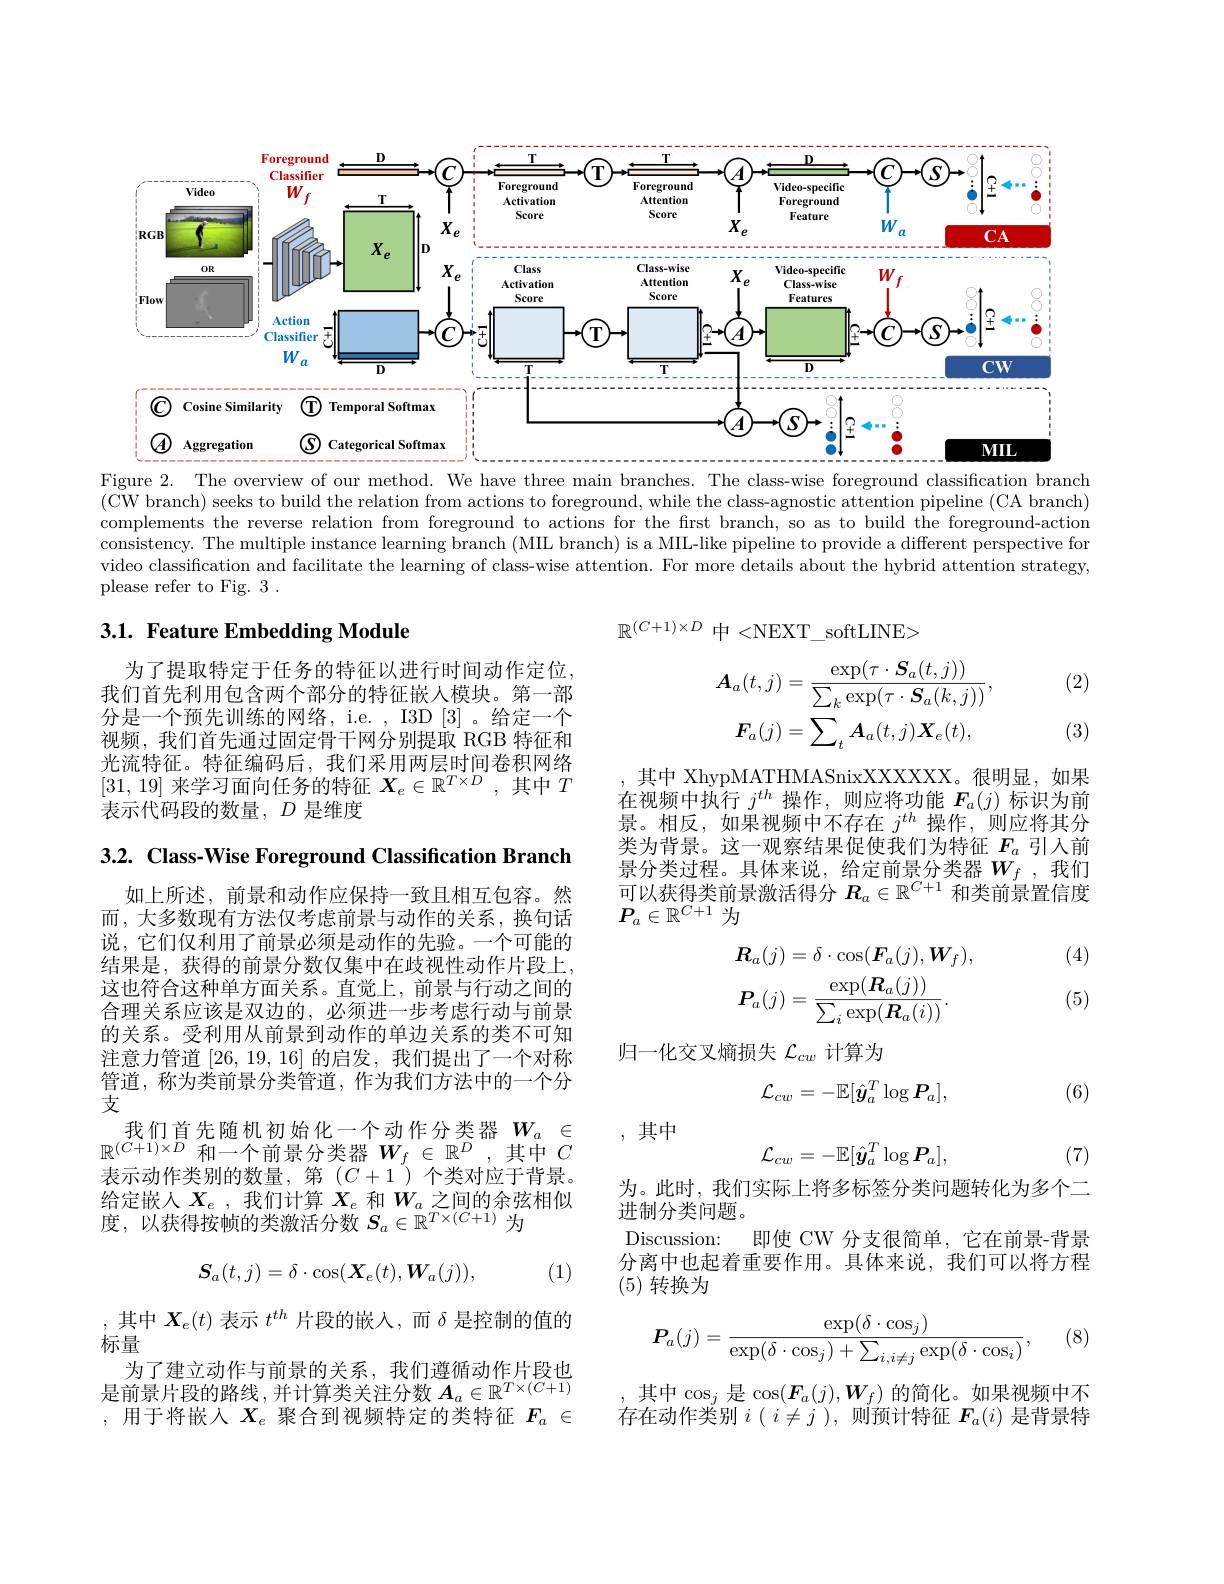
<FigureHere>
Figure 2. The overview of our method. We have three main branches. The class-wise foreground classification branch

$(\tilde{\text{CW branch) seeks to build the relation from actions to foreground, while the class-agnostic attention pipeline (CA branch)}}$ complements the reverse relation from foreground to actions for the first branch, so as to build the foreground-action consistency. The multiple instance learning branch (MIIL branch) is a MIIL-like pipeline to provide a different perspective for video classification and facilitate the learning of class-wise attention. For more details about the hybrid attention strategy, please refer to Fig. 3 .

## 3.1. Feature Embedding Module

(2)

$\mathbb{R}^{(C+1)\times D}$中 <NEXT\_softLINE>
$$A_{a}(t,j)=\frac{\exp(\tau\cdot\boldsymbol{S}_{a}(t,j))}{\sum_{k}\exp(\tau\cdot\boldsymbol{S}_{a}(k,j))},\\\boldsymbol{F}_{a}(j)=\sum_{t}\boldsymbol{A}_{a}(t,j)\boldsymbol{X}_{e}(t),$$
(3)

为了提取特定于任务的特征以进行时间动作定位。我们首先利用包含两个部分的特征嵌入模块。第一部分是一个预先训练的网络，i.e. , I3D [3] 。给定一个视频，我们首先通过固定骨干网分别提取 RGB 特征和光流特征。特征编码后，我们采用两层时间卷积网络[31,19]来学习面向任务的特征$X_e\in\mathbb{R}^T\times D$,其中$T$ 表示代码段的数量，$D$是维度

其中 XhypMATHMASnixXXXXXX。很明显，如果在视频中执行$j^{th}$操作，则应将功能$F_a(j)$标识为前景。相反，如果视频中不存在$j^{th}$操作，则应将其分类为背景。这一观察结果促使我们为特征$F_{a}$引人前景分类过程。具体来说，给定前景分类器$W_f$ ,我们可以获得类前景激活得分$R_a\in\mathbb{R}^{C+1}$和类前景置信度$P_a\in\mathbb{R}^{C+1}$为

3.2. Class-Wise Foreground Classification Branch

(4)
$$\begin{aligned}&R_{a}(j)=\delta\cdot\cos(\boldsymbol{F}_{a}(j),\boldsymbol{W}_{f}),\\&\boldsymbol{P}_{a}(j)=\frac{\exp(\boldsymbol{R}_{a}(j))}{\sum_{i}\exp(\boldsymbol{R}_{a}(i))}.\end{aligned}$$
(5)

归一化交叉熵损失$\mathcal{L}_cw$计算为

如上所述，前景和动作应保持一致且相互包容。然而，大多数现有方法仅考虑前景与动作的关系，换句话说，它们仅利用了前景必须是动作的先验。一个可能的结果是，获得的前景分数仅集中在歧视性动作片段上， 这也符合这种单方面关系。直觉上，前景与行动之间的合理关系应该是双边的，必须进一步考虑行动与前景的关系。受利用从前景到动作的单边关系的类不可知注意力管道[26,19,16]的启发，我们提出了一个对称管道，称为类前景分类管道，作为我们方法中的一个分支
我们首先随机初始化一个动作分类器$W_a\in$ $\mathbb{R}^{(C+1)\times D}$和一个前景分类器$W_f\in\mathbb{R}^D$,其中$C$ 表示动作类别的数量，第(C+1^{$\prime )个类对应于背景$。给定嵌人$X_e$ ,我们计算$X_e$和$W_a$之间的余弦相似度，以获得按帧的类激活分数$S_a\in\mathbb{R}^T\times(C+1)$为
$$\mathcal{L}_{cw}=-\mathbb{E}[\hat{y}_a^T\log P_a],$$
(6)

,其中
$$\mathcal{L}_{cw}=-\mathbb{E}[\hat{y}_{a}^{T}\log P_{a}],$$
(7)

为。此时，我们实际上将多标签分类问题转化为多个二
进制分类问题。
即使 CW 分支很简单，它在前景-背景
Discussion:
分离中也起着重要作用。具体来说，我们可以将方程
${\binom{5}{(5)}}$转换为
$$S_a(t,j)=\delta\cdot\cos(\boldsymbol{X}_e(t),\boldsymbol{W}_a(j)),$$
(1)

(8)
$$\boldsymbol{P}_{a}(j)=\frac{\exp(\delta\cdot\cos_{j})}{\exp(\delta\cdot\cos_{j})+\sum_{i,i\neq j}\exp(\delta\cdot\cos_{i})},$$
,其中$X_e(t)$表示$t^{th}$片段的嵌入，而$\delta$是控制的值的
标量
为了建立动作与前景的关系，我们遵循动作片段也是前景片段的路线，并计算类关注分数$A_a\in\mathbb{R}^{T\times(C+1)}$ ,用于将嵌入$X_e$聚合到视频特定的类特征$F_a\in$

其中$\cos_j$是$\cos(\boldsymbol{F}_a(j),\boldsymbol{W}_f)$的简化。如果视频中不存在动作类别$i(i\neq j)$,则预计特征 $F_a(i)$ 是背景特